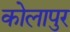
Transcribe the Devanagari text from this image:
कोलापुर